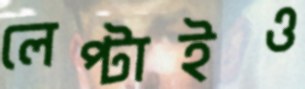
লেপ্‌টাইও